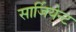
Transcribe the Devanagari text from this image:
सार्जियेन्ट